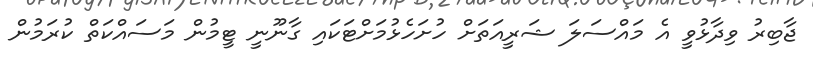
ޖާބިރު ވިދާޅުވީ އެ މައްސަލަ ޝަރީއަތަށް ހުށަހެޅުމަށްޓަކައި ގާނޫނީ ޓީމުން މަސައްކަތް ކުރަމުން